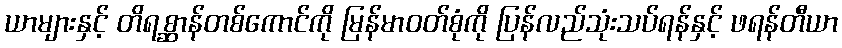
ယာများနှင့် တိရစ္ဆာန်တစ်ကောင်ကို မြန်မာဝတ်စုံကို ပြန်လည်သုံးသပ်ရန်နှင့် ဖရန်တီယာ